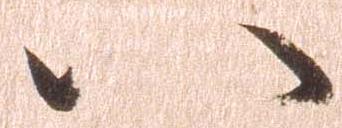
八